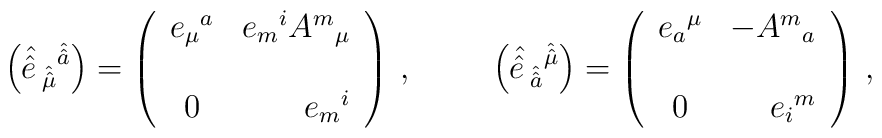
\left( \hat{\hat{e} \,}_{\hat{\hat{\mu}}}{}^{\hat{\hat{a}}} \right) = \left(\begin{array}{cr}e_{\mu}{}^{a} & e_{m}{}^{i}A^{m}{}_{\mu} \\&\\0             & e_{m}{}^{i}                \\\end{array}\right)\, , \hspace{1cm}\left(\hat{\hat{e} \,}_{\hat{\hat{a}}}{}^{\hat{\hat{\mu}}} \right) =\left(\begin{array}{cr}e_{a}{}^{\mu} & -A^{m}{}_{a}   \\& \\0             &  e_{i}{}^{m}  \\\end{array}\right)\, ,